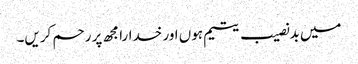
میں بدنصیب یتیم ہوں اور خدارا مجھ پر رحم کریں۔